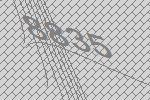
8835